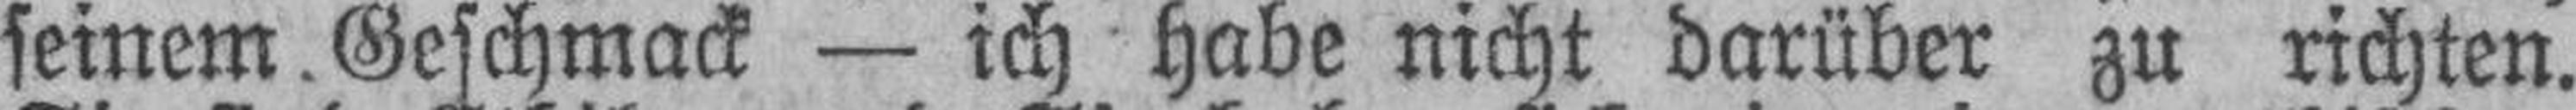
seinem. Geschmack — ich habe nicht darüber zu richten.